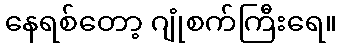
နေရစ်တော့ ဂျုံစက်ကြီးရေ။